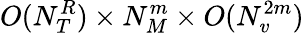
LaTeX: O(N_{T}^{R})\times N_{M}^{m}\times O(N_{v}^{2m})